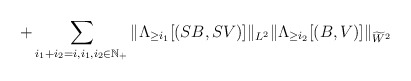
\begin{align*}+ \sum_{i_1+i_2=i , i_1,i_2\in \mathbb{N}_{+}} \| \Lambda_{\geq i_1}[(SB, SV )]\|_{L^2} \| \Lambda_{\geq i_2}[(B, V)]\|_{\widetilde{W}^{2}}\end{align*}